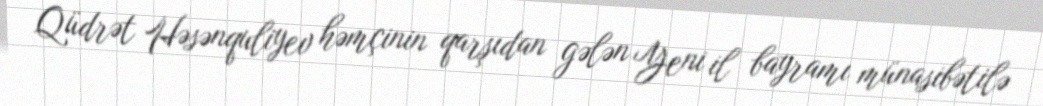
Qüdrət Həsənquliyev həmçinin qarşıdan gələn Yeni il bayramı münasibətilə